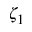
\zeta _ { 1 }